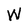
Character: W